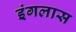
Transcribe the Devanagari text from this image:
इंगलास